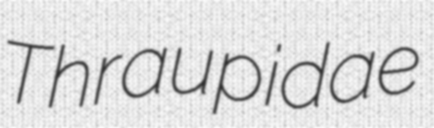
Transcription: Thraupidae